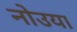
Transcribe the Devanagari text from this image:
नोउया